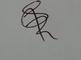
Signature authenticity: genuine